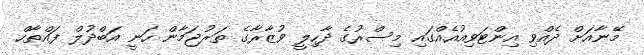
މޭނާއަށް ދެއްވި އިންޓަވިއުއެއްގައި މިސްރުގެ ދާހިލީ ވުޒާރާގެ ތަރުޖަމާން ހަނީ އަބްދުލް ފައްތާހް